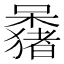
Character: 𫬕